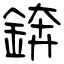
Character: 錛